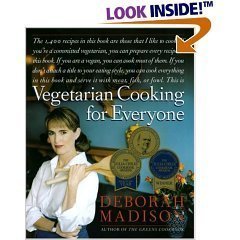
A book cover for Vegetarian Cooking for Everyone; Deborah Madison; Health, Fitness & Dieting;